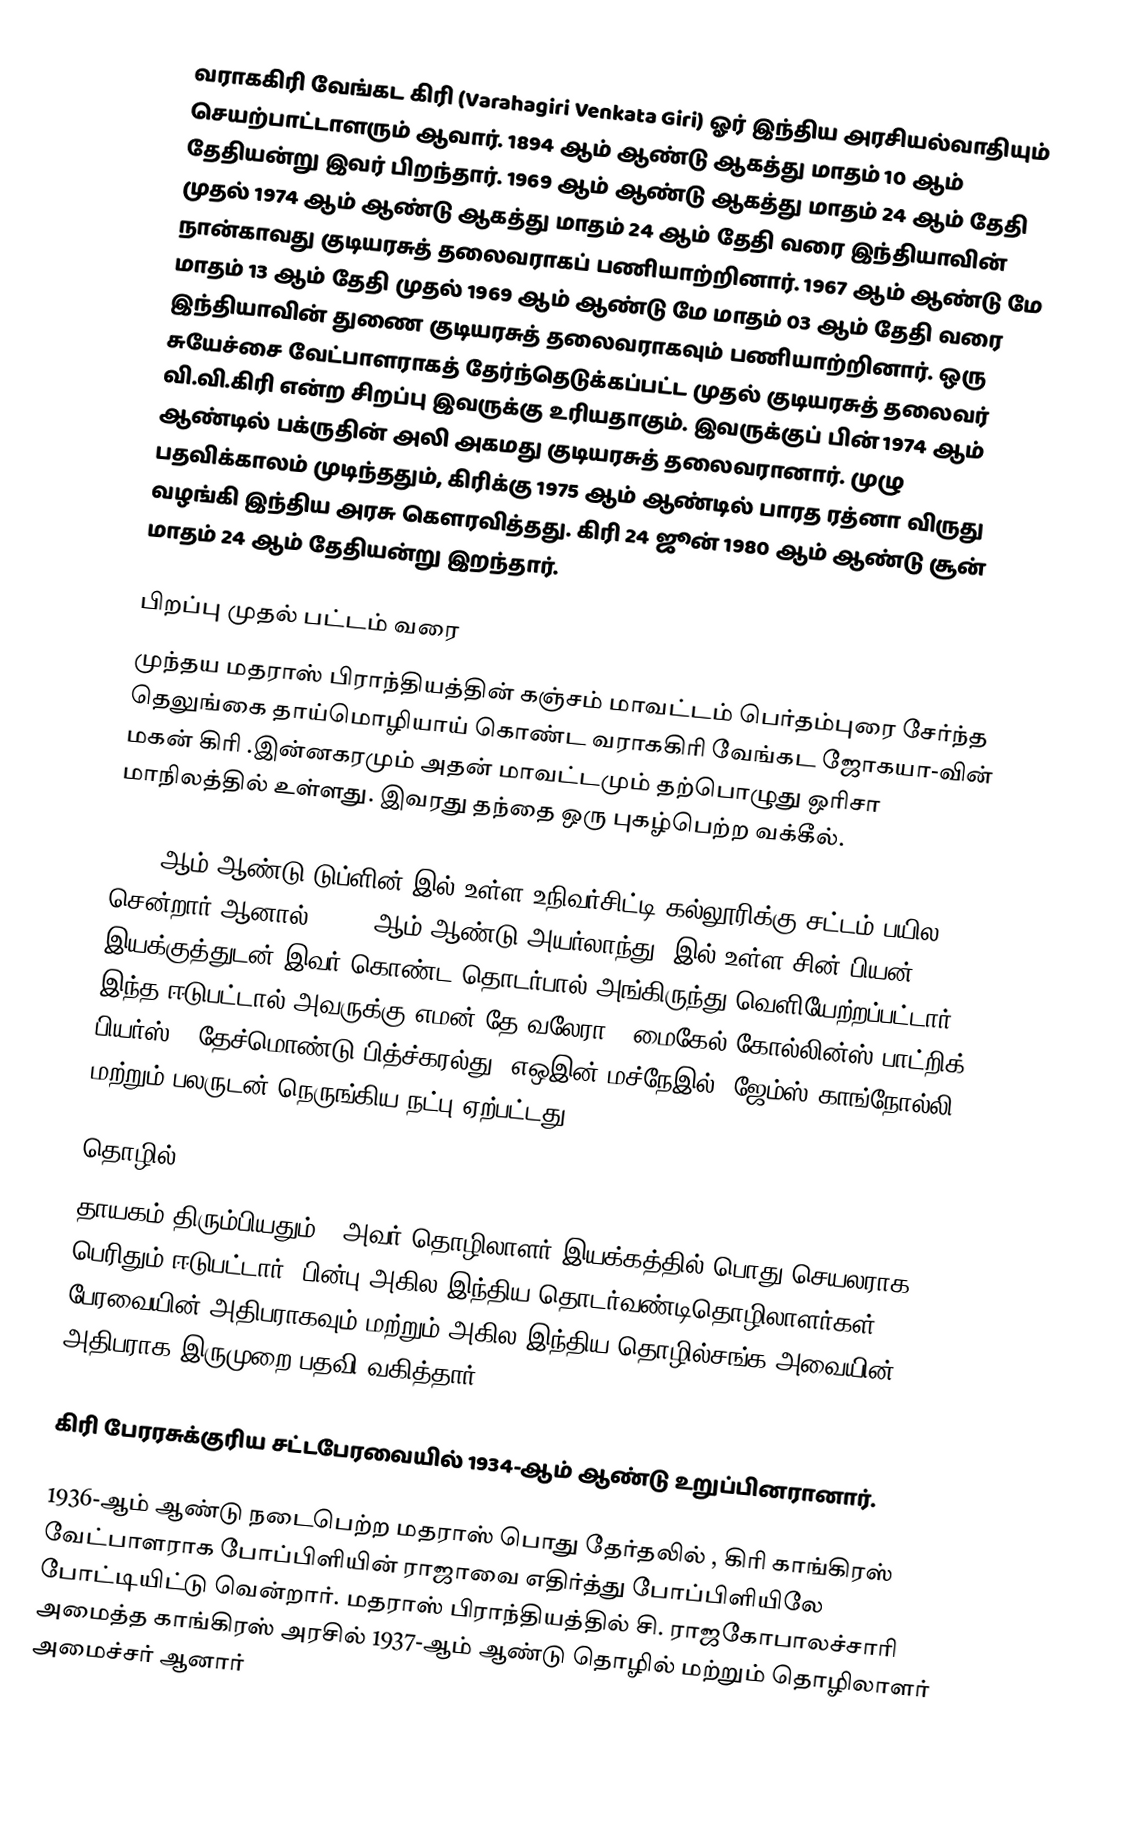
வராககிரி வேங்கட கிரி (Varahagiri Venkata Giri) ஓர் இந்திய அரசியல்வாதியும் செயற்பாட்டாளரும் ஆவார். 1894 ஆம் ஆண்டு ஆகத்து மாதம் 10 ஆம் தேதியன்று இவர் பிறந்தார். 1969 ஆம் ஆண்டு ஆகத்து மாதம் 24 ஆம் தேதி முதல் 1974 ஆம் ஆண்டு ஆகத்து மாதம் 24 ஆம் தேதி வரை இந்தியாவின் நான்காவது குடியரசுத் தலைவராகப் பணியாற்றினார். 1967 ஆம் ஆண்டு மே மாதம் 13  ஆம் தேதி முதல் 1969 ஆம் ஆண்டு மே மாதம் 03 ஆம் தேதி வரை இந்தியாவின் துணை குடியரசுத் தலைவராகவும் பணியாற்றினார். ஒரு சுயேச்சை வேட்பாளராகத் தேர்ந்தெடுக்கப்பட்ட முதல் குடியரசுத் தலைவர் வி.வி.கிரி என்ற சிறப்பு இவருக்கு உரியதாகும். இவருக்குப் பின் 1974 ஆம் ஆண்டில் பக்ருதின் அலி அகமது குடியரசுத் தலைவரானார். முழு பதவிக்காலம் முடிந்ததும், கிரிக்கு 1975 ஆம் ஆண்டில் பாரத ரத்னா விருது வழங்கி இந்திய அரசு கௌரவித்தது. கிரி 24 ஜூன் 1980 ஆம் ஆண்டு சூன் மாதம் 24 ஆம் தேதியன்று இறந்தார்.

பிறப்பு முதல் பட்டம் வரை
முந்தய மதராஸ் பிராந்தியத்தின் கஞ்சம் மாவட்டம் பெர்தம்புரை சேர்ந்த தெலுங்கை தாய்மொழியாய் கொண்ட வராககிரி வேங்கட ஜோகயா-வின் மகன் கிரி .இன்னகரமும் அதன் மாவட்டமும் தற்பொழுது ஒரிசா மாநிலத்தில் உள்ளது. இவரது தந்தை ஒரு புகழ்பெற்ற வக்கீல்.

1913-ஆம் ஆண்டு டுப்ளின்-இல் உள்ள உநிவர்சிட்டி கல்லூரிக்கு சட்டம் பயில சென்றார்.ஆனால் 1916 -ஆம் ஆண்டு அயர்லாந்து -இல் உள்ள சின் பியன் இயக்குத்துடன் இவர் கொண்ட தொடர்பால் அங்கிருந்து வெளியேற்றப்பட்டார். இந்த ஈடுபட்டால் அவருக்கு எமன் தே வலேரா , மைகேல் கோல்லின்ஸ்,பாட்றிக் பியர்ஸ் , தேச்மொண்டு பித்ச்கரல்து ,எஒஇன் மச்நேஇல் ,ஜேம்ஸ் காங்நோல்லி மற்றும் பலருடன் நெருங்கிய நட்பு ஏற்பட்டது.

தொழில்
தாயகம் திரும்பியதும் , அவர் தொழிலாளர் இயக்கத்தில் பொது செயலராக பெரிதும் ஈடுபட்டார். பின்பு அகில இந்திய தொடர்வண்டிதொழிலாளர்கள் பேரவையின் அதிபராகவும் மற்றும் அகில இந்திய தொழில்சங்க அவையின் அதிபராக இருமுறை பதவி வகித்தார்.

கிரி பேரரசுக்குரிய சட்டபேரவையில் 1934-ஆம் ஆண்டு உறுப்பினரானார்.

1936-ஆம் ஆண்டு நடைபெற்ற மதராஸ் பொது தேர்தலில் , கிரி காங்கிரஸ் வேட்பாளராக போப்பிளியின் ராஜாவை எதிர்த்து போப்பிளியிலே போட்டியிட்டு வென்றார். மதராஸ் பிராந்தியத்தில் சி. ராஜகோபாலச்சாரி அமைத்த காங்கிரஸ் அரசில் 1937-ஆம் ஆண்டு தொழில் மற்றும் தொழிலாளர் அமைச்சர் ஆனார்